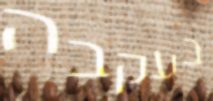
בעקבה